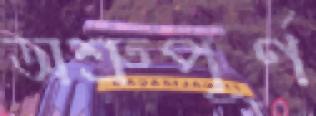
অশ্রুপূর্ণ